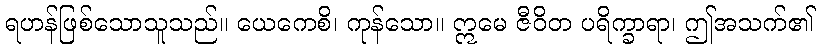
ရဟန်ဖြစ်သောသူသည်။ ယေကေစိ၊ ကုန်သော။ ဣမေ ဇီဝိတ ပရိက္ခာရာ၊ ဤအသက်၏